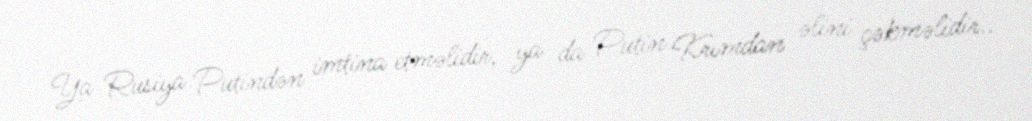
Ya Rusiya Putindən imtina etməlidir, ya da Putin Krımdan əlini çəkməlidir..